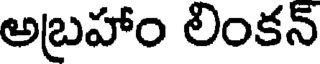
అబ్రహాం లింకన్